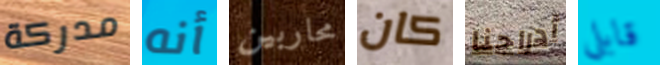
مدركة أنه محاربين كان أدراجنا قابلي